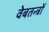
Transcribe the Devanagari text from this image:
वेबतन्त्रों